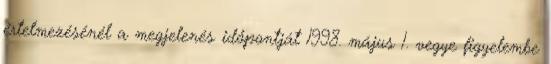
értelmezésénél a megjelenés időpontját 1998. május 1. vegye figyelembe